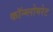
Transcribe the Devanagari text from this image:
कॉन्ग्लोमरेट